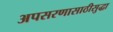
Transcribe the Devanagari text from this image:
अपसरणासाठीसुद्धा